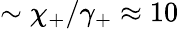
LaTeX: \sim\chi_{+}/\gamma_{+}\approx 10